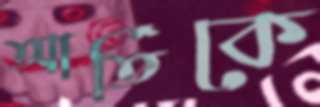
আর্তিকে